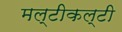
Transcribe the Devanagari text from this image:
मल्टीकल्टी